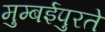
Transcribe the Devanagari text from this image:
मुम्बईपुरते